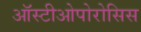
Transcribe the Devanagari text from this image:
ऑस्टीओपोरोसिस